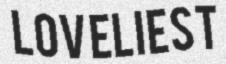
LOVELIEST